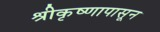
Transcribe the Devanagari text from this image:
श्रीकृष्णापासून